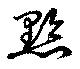
黔